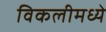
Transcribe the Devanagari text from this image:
विकलीमध्ये